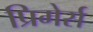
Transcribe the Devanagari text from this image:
प्रिमेर्स